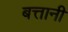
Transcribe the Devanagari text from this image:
बत्तानी